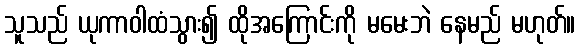
သူသည် ယုကာဝါထံသွား၍ ထိုအကြောင်းကို မမေးဘဲ နေမည် မဟုတ်။